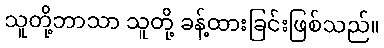
သူတို့ဘာသာ သူတို့ ခန့်ထားခြင်းဖြစ်သည်။